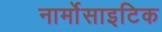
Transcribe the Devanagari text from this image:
नार्मोसाइटिक